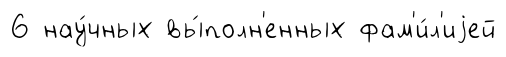
6 нау́чных вы́полн'енных фам'и́л'иjей